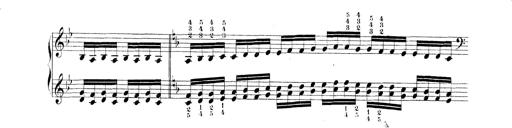
Title: Technische Studien
Composer: Franz Liszt